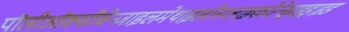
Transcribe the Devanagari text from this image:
पॉलीऑक्सीबेन्ज़ाइलमेथाइलीनग्लाइकोऐनहाइड्राइड